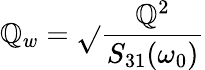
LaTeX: \mathbb{Q}_{w}=\sqrt{}{{\frac{{\mathbb{Q}^{2}}}{{S_{31}(\omega_{0})}}}}